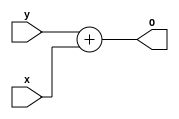
//unpipelined full adder module
//will later be replaced with a piplined full adder
module fulladder(x, y, O);
input [15:0] x;
input [15:0] y;
output wire [15:0] O;
assign O = y + x;
endmodule